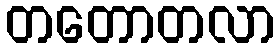
တတောတလာ